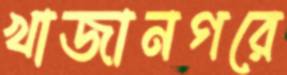
খাজানগরে